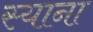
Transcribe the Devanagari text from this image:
स्‍याना